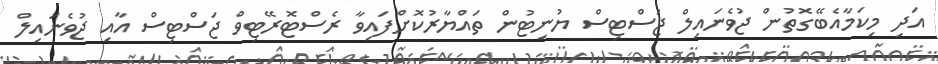
އަދި މިކަމާއެބޭގޮތުން ޖުވެނައިލް ޖަސްޓިސް ޔުނިޓުން ތައްޔާރުކޮށްފައިވާ ރެސްޓޮރޭޓިވް ޖަސްޓިސް އާއި ޖުވެނައިލް